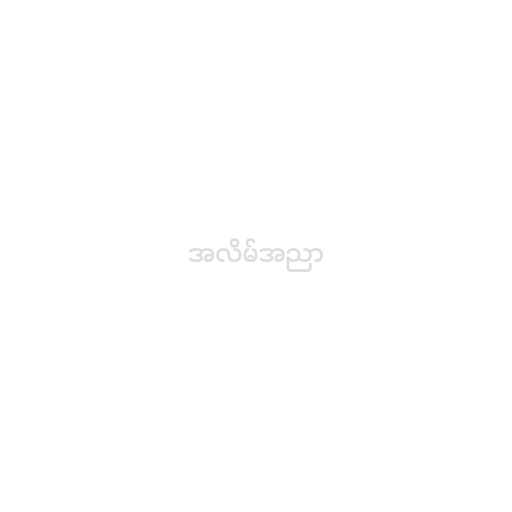
အလိမ်အညာ